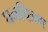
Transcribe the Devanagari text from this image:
घनचित्रण